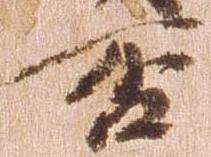
否